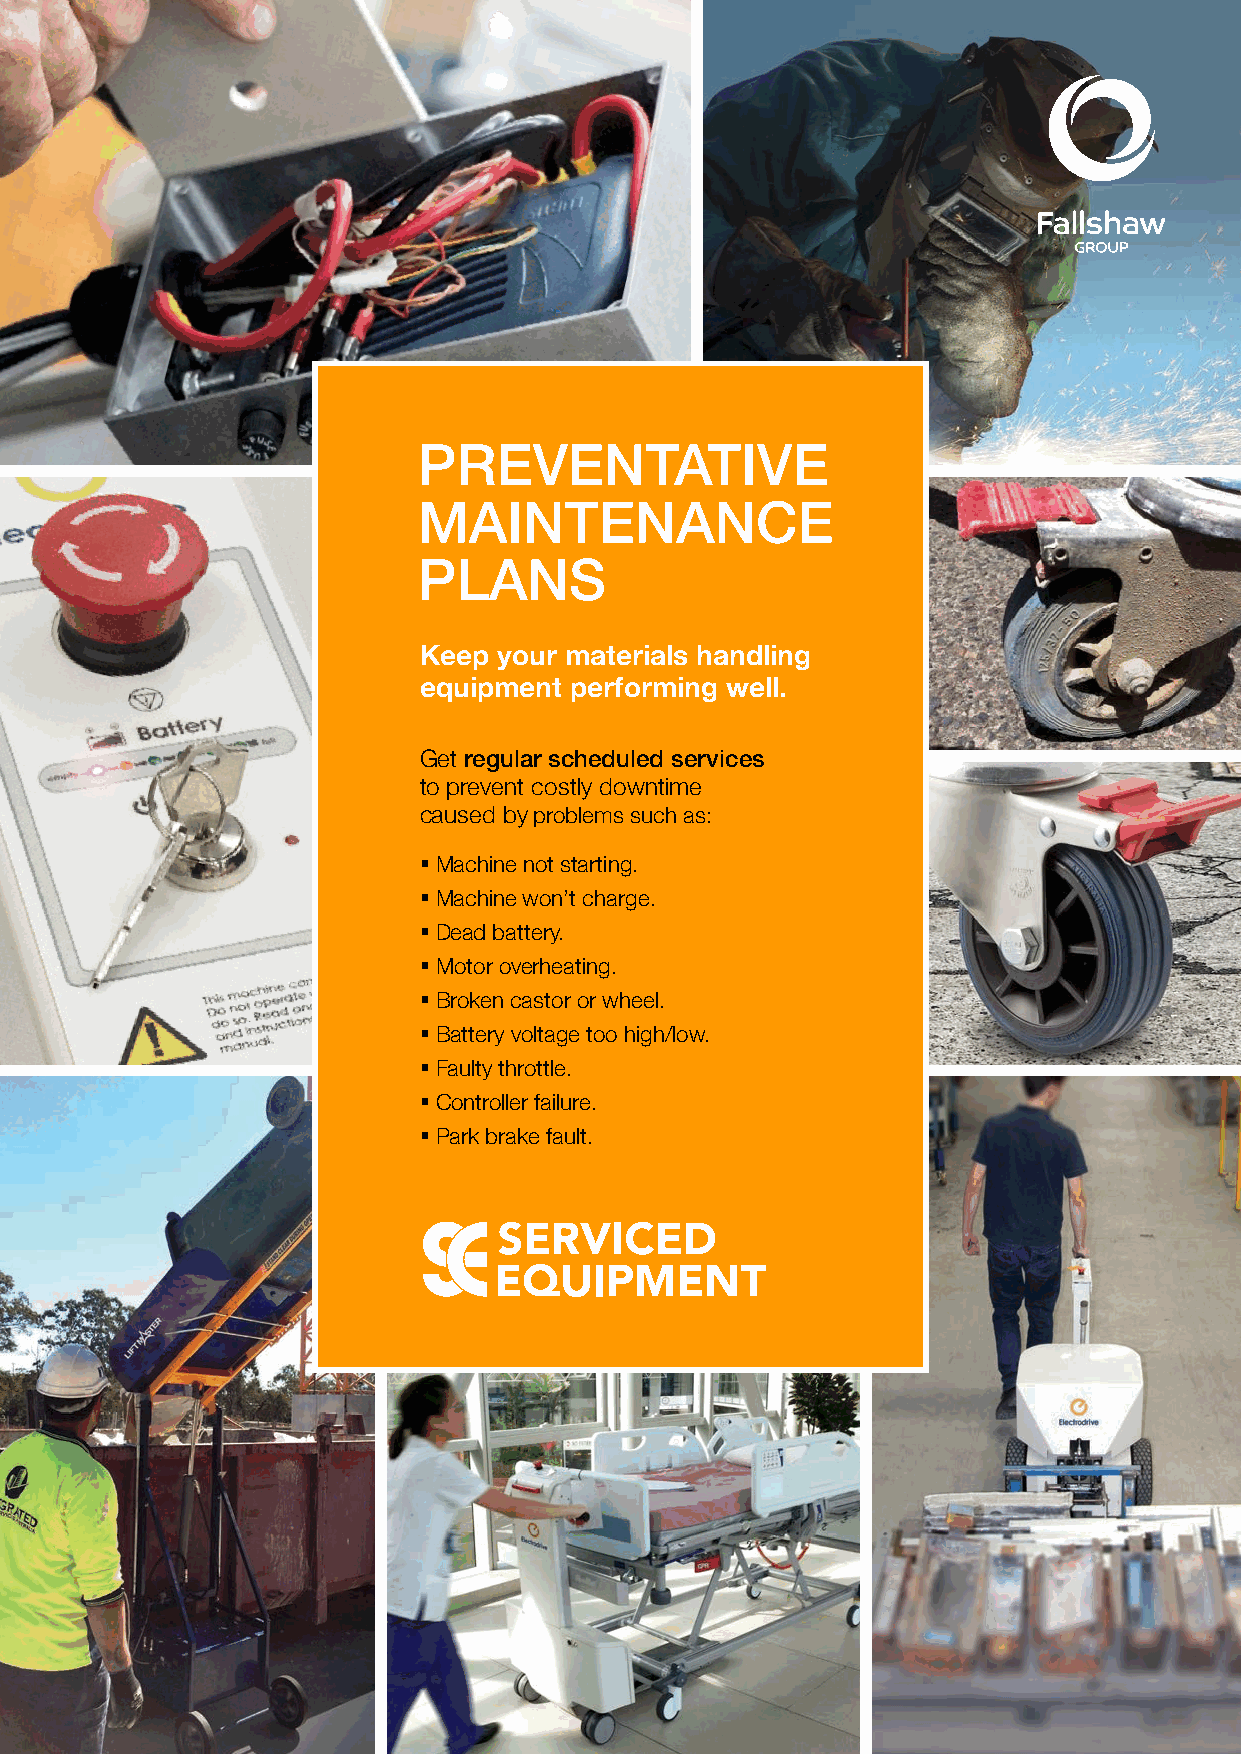
PREVENTATIVE
 MAINTENANCE
 PLANS
 Keep your materials handling
 equipment performing well.
 Get regular scheduled services
 to prevent costly downtime
 caused by problems such as:
 § Machine not starting.
 § Machine won’t charge.
 § Dead battery.
 § Motor overheating.
 § Broken castor or wheel.
 § Battery voltage too high/low.
 § Faulty throttle.
 § Controller failure.
 § Park brake fault.
 Fallshaw Holdings Pty Ltd
 ABN: 74 005 237 525
 2A Ayton Street, Sunshine Nth VIC 3020
 PO Box 125, Sunshine VIC 3020
 1300 934 471